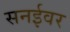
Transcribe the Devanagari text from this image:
सनईवर